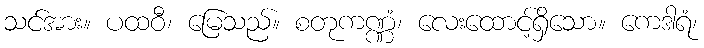
သင်အား။ ပထဝီ၊ မြေသည်။ စတုကဏ္ဏံ၊ လေးထောင့်ရှိသော။ ကေဒါရံ၊